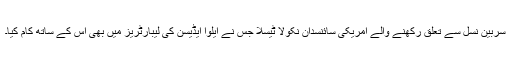
سربین نسل سے تعلق رکھنے والے امریکی سائنسدان نکولا ٹیسلا جس نے ایلوا ایڈیسن کی لیبارٹریز میں بھی اس کے ساتھ کام کیا۔